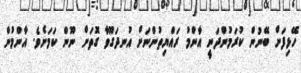
ހޭޅިފަށް ބޭނުން ކުރަމުންދަނީ އާންމު ރައްޔިތުންނަށް އުނދަގޫވާ ގޮތަށް ނޫން ކަމަށެވެ. އާންމުން